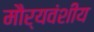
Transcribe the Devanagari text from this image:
मौर्यवंशीय